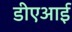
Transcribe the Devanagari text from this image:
डीएआई